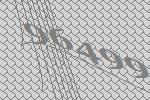
96499